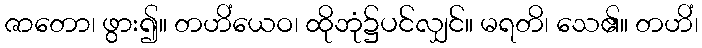
ဇာတော၊ ဖွား၍။ တဟိံယေဝ၊ ထိုဘုံ၌ပင်လျှင်။ မရတိ၊ သေ၏။ တဟိံ၊